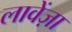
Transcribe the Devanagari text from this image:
लावेंज़ा